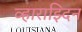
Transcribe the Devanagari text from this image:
व्हाराझ्दिन